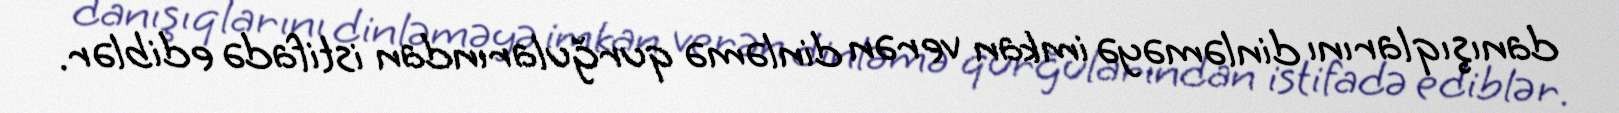
danışıqlarını dinləməyə imkan verən dinləmə qurğularından istifadə ediblər.